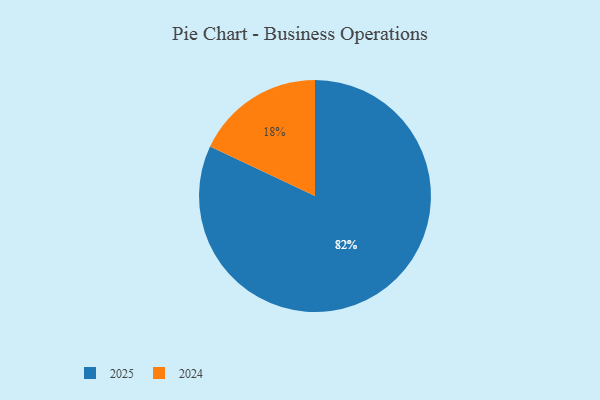
{"axis": {"x": "Category", "y": "Percentage"}, "legend": ["2024", "2025"], "data": [{"x": "2024", "y": 18, "type": "2024"}, {"x": "2025", "y": 82, "type": "2025"}]}